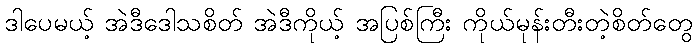
ဒါပေမယ့် အဲဒီဒေါသစိတ် အဲဒီကိုယ့် အပြစ်ကြီး ကိုယ်မုန်းတီးတဲ့စိတ်တွေ